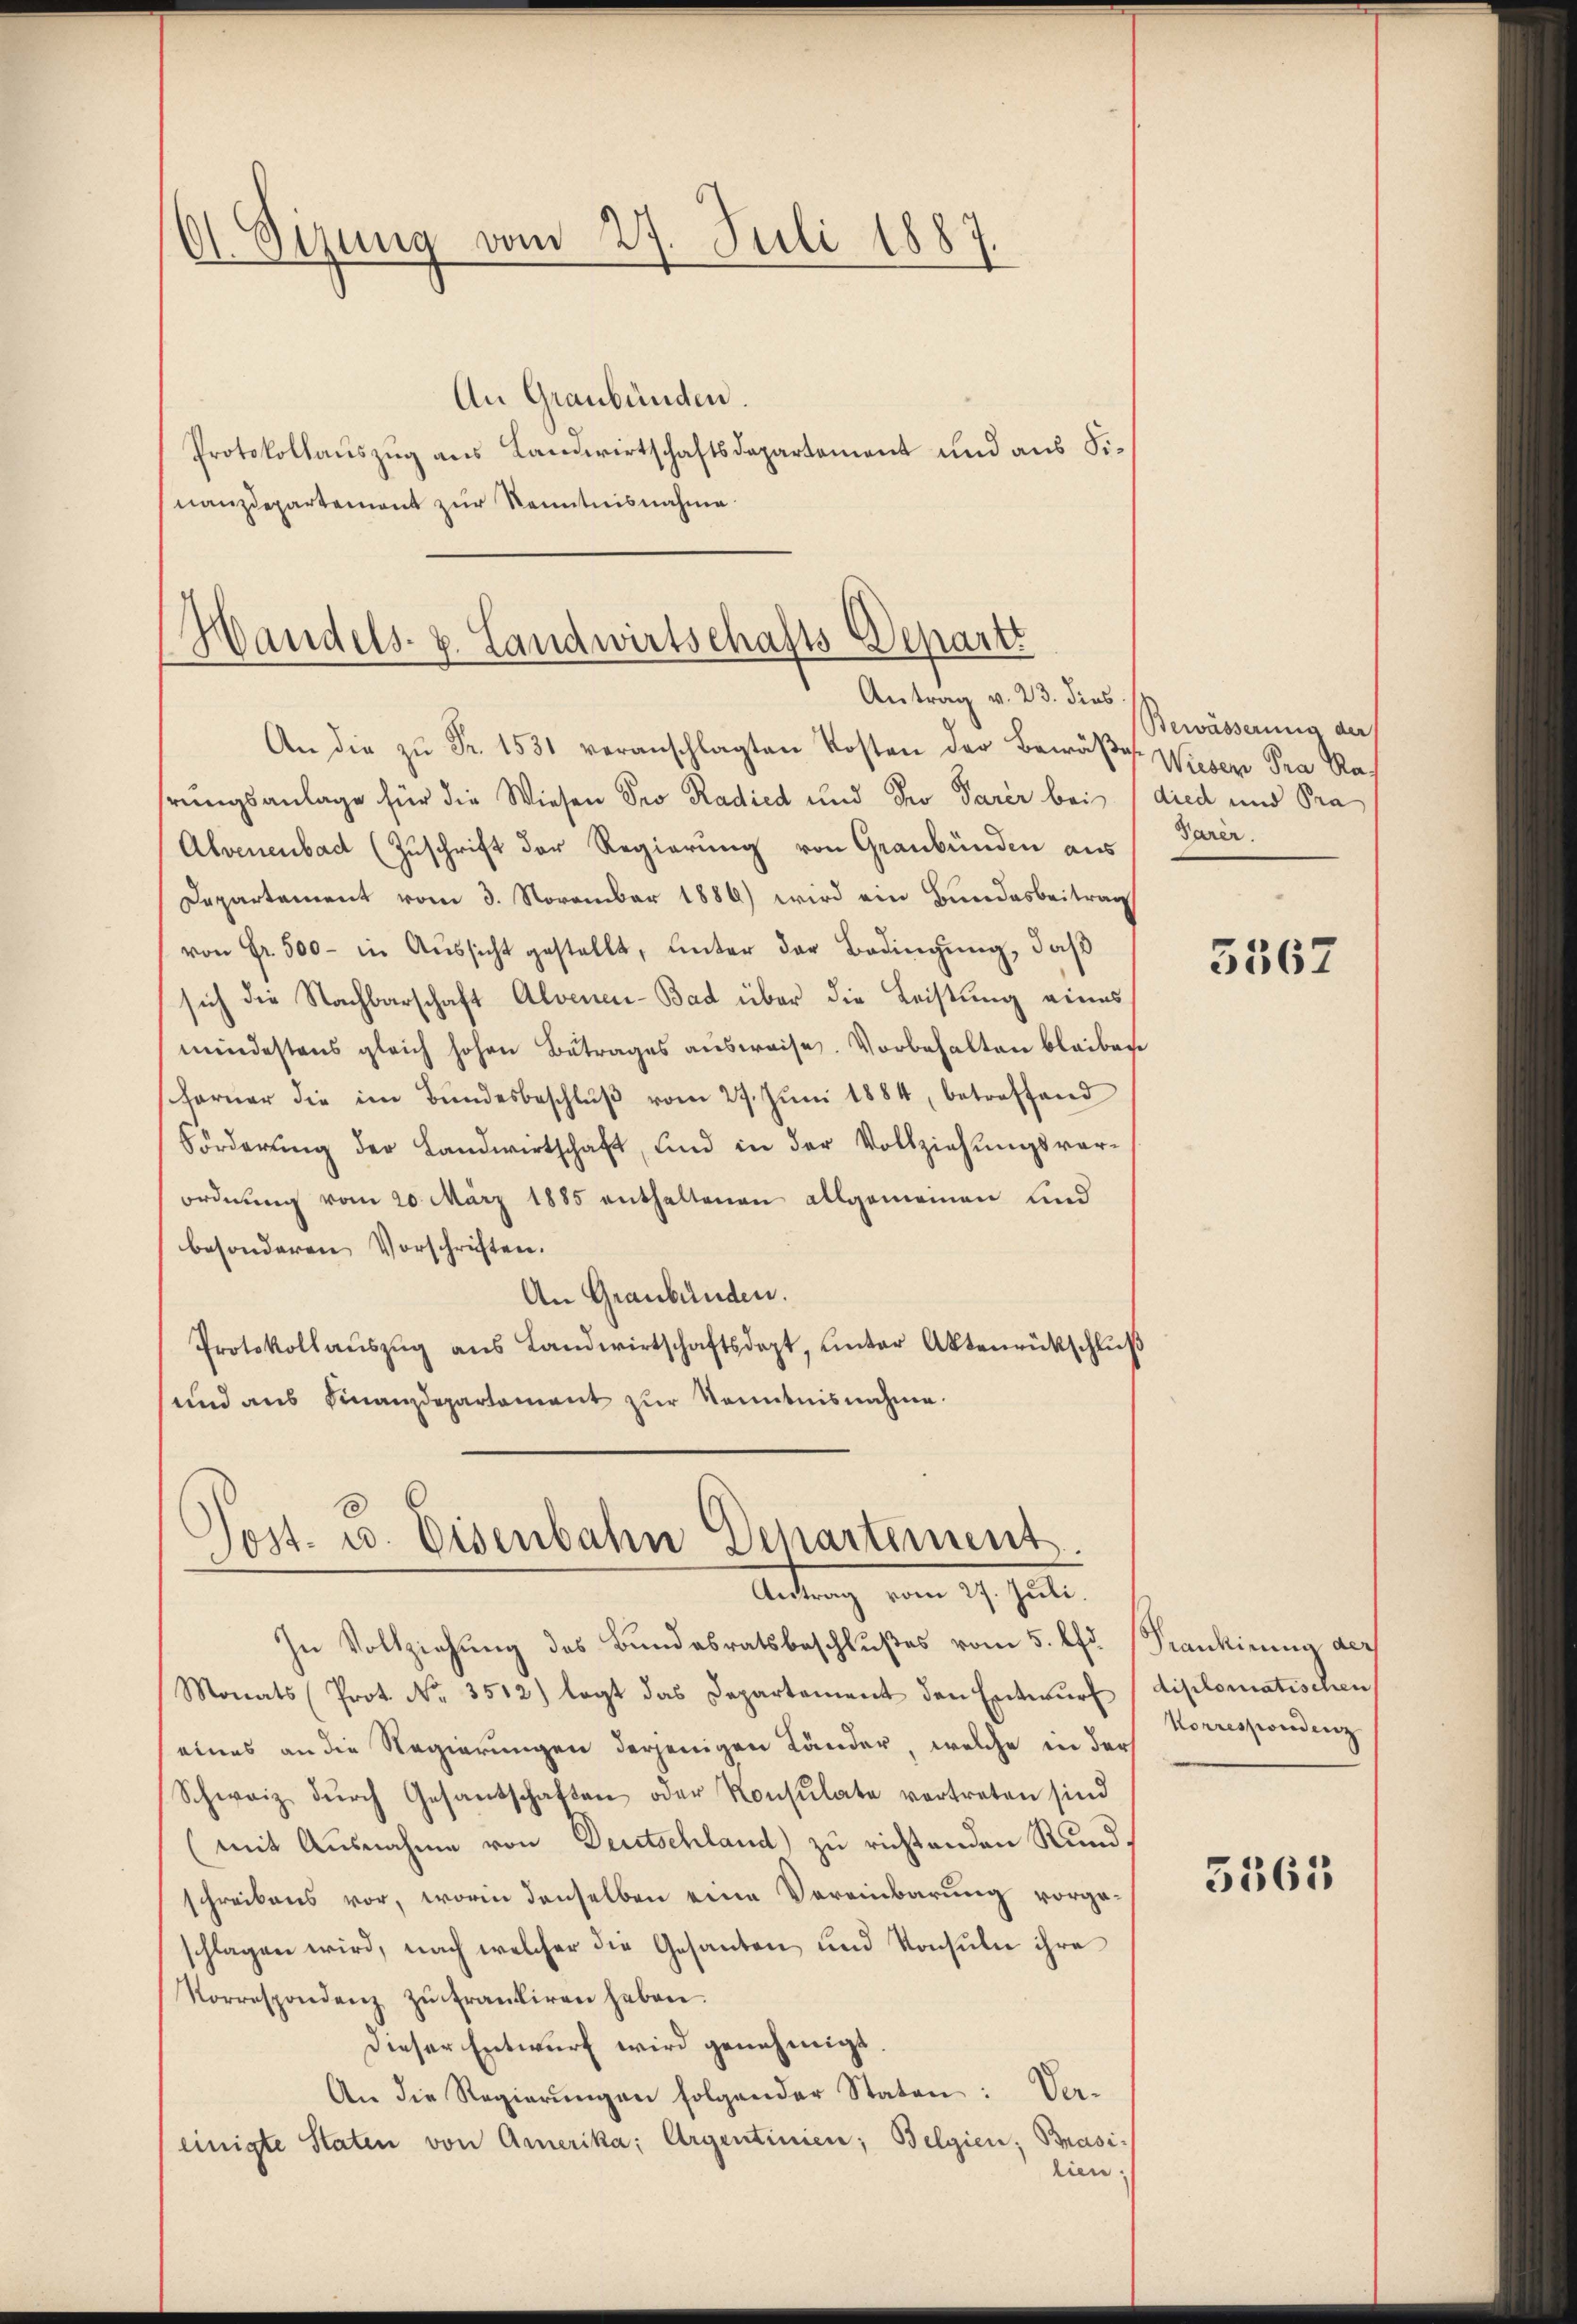
dt. Sizung vom 27. Juli 1887.

An Graubünden.
Protokollauszug aus Landwirtschaftsdepartement und aus Sinanzdepartement zur Kenntnisnahme

Handels. z. Landwirtschafts-Departi
Antrag v. 23. dies

d
Jost- u. Eisenbahn Departement
Antrag vom 27. Juli.

An die zŭ Fr. 1531 veranschlagten Kosten der Bewäβer Wieser Pra Ra
hrungsanlage für die Wiesen Pro Radied und Pro Parer bei died und Pra
Alvenenbad (Zuschrift der Regierung von Graubünden aus
Departement vom 3. November 1886) wird ein Bundesbeitrag
von Fr. 500 - in Aussicht gestellt, unter der Bedingung, daß
sich die Nachbarschaft Alvenen- Bad über die Leistung eines
mindestens gleich hohen Betrages ausweise. Vorbehalten bleiben
ferner die im Bŭndesbeschlŭβ vom 27. Jŭni 1884, betreffend
Förderung der Landwirtschaft, und in der Vollziehungsvor-
ordnung vom 20. März 1885 enthaltenen allgemeinen und
besonderen Vorschriften.
An Graubünden.
Protokollaŭszŭg aŭs Landwirtschaftsdept, ŭnter Aktenrückschlŭβ
und aus Finanzdepartament zur Kenntnisnahme.

In Vollziehung des Bundesratsbeschlußes vom 5. Chr. (Frankinia der
Monats (Prot. No. 3512) legt das Departement den Entwurf diplomatischen
(eines an die Regierungen derjenigen Länder, welche in der
Schweiz dŭrch Gesandschaften oder Konsulate vertreten sind
(mit Ausnahme von Deutschland) zu richtenden Rundschreibens vor, worin denselben eine Vereinbarung vorgeschlagen wird, nach welcher die Gesanten und Konsuln ihre
Korrespondenz zŭ trantiren haben.
Dieser Entwurf wird genehmigt.
An die Regierŭngen folgender Staten: Ver-
einigte Staten von Amerika, Argentinien; Belgien, Brasi-
lien

Bewässerung der
Parer.

5567

Korrespondenz

5563